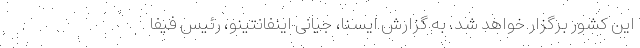
این کشور برگزار خواهد شد. به گزارش ایسنا، جیانی اینفانتینو، رئیس فیفا